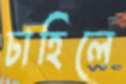
চাহিলে